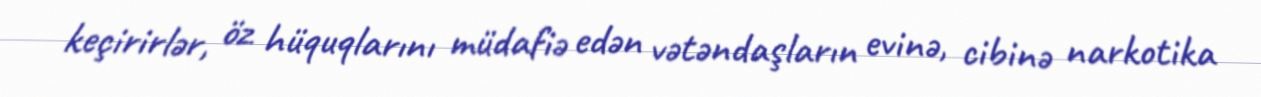
keçirirlər, öz hüquqlarını müdafiə edən vətəndaşların evinə, cibinə narkotika